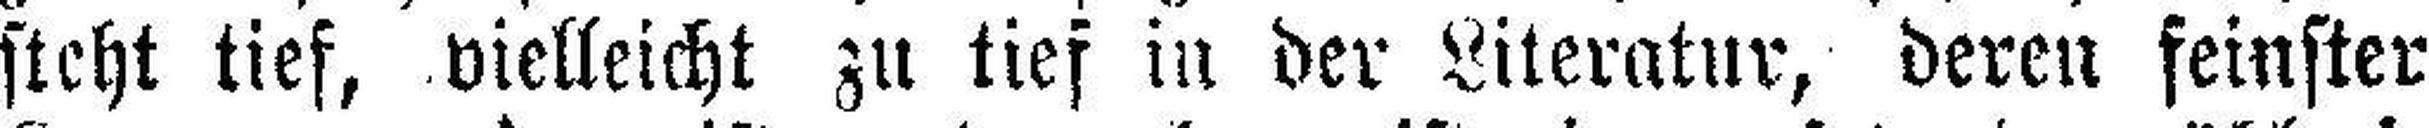
steht tief, vielleicht zu tief in der Literatur, deren feinster